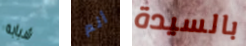
شبابه أنم بالسيدة